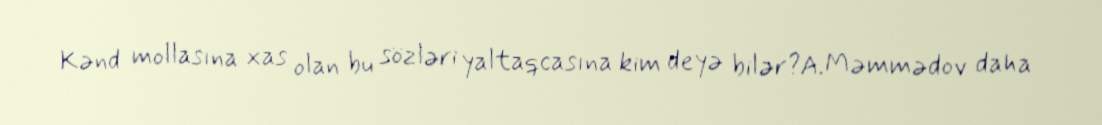
Kənd mollasına xas olan bu sözləri yaltaqcasına kim deyə bilər?A.Məmmədov daha